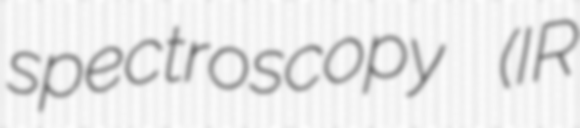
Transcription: spectroscopy (IR